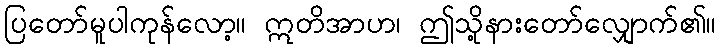
ပြတော်မူပါကုန်လော့။ ဣတိအာဟ၊ ဤသို့နားတော်လျှောက်၏။